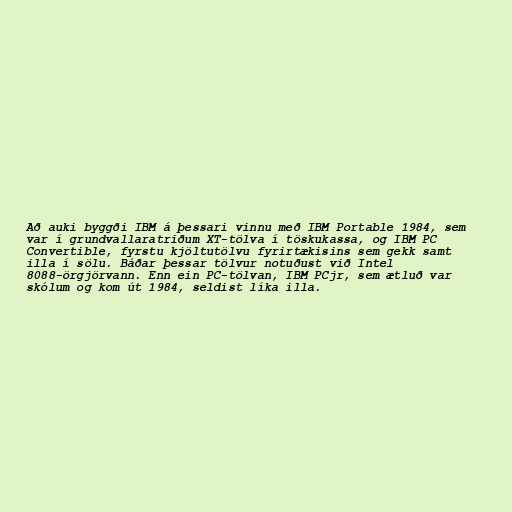
Að auki byggði IBM á þessari vinnu með IBM Portable 1984, sem
var í grundvallaratriðum XT-tölva í töskukassa, og IBM PC
Convertible, fyrstu kjöltutölvu fyrirtækisins sem gekk samt
illa í sölu. Báðar þessar tölvur notuðust við Intel
8088-örgjörvann. Enn ein PC-tölvan, IBM PCjr, sem ætluð var
skólum og kom út 1984, seldist líka illa.